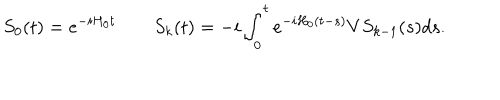
S _ { 0 } ( t ) = e ^ { - i H _ { 0 } t } \qquad S _ { k } ( t ) = - i \int _ { 0 } ^ { t } e ^ { - i H _ { 0 } ( t - s ) } V S _ { k - 1 } ( s ) d s .